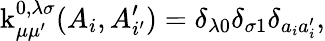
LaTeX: \operatorname{k}_{\mu\mu^{\prime}}^{0,\lambda\sigma}(A_{i},A_{i^{\prime}}^{\prime})=\delta_{\lambda 0}\delta_{\sigma 1}\delta_{a_{i}a_{i}^{\prime}},